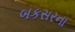
બકસરના